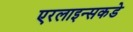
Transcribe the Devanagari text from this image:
एरलाइन्सकडे